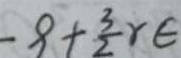
- 9 + \frac { 3 } { 2 } r \in